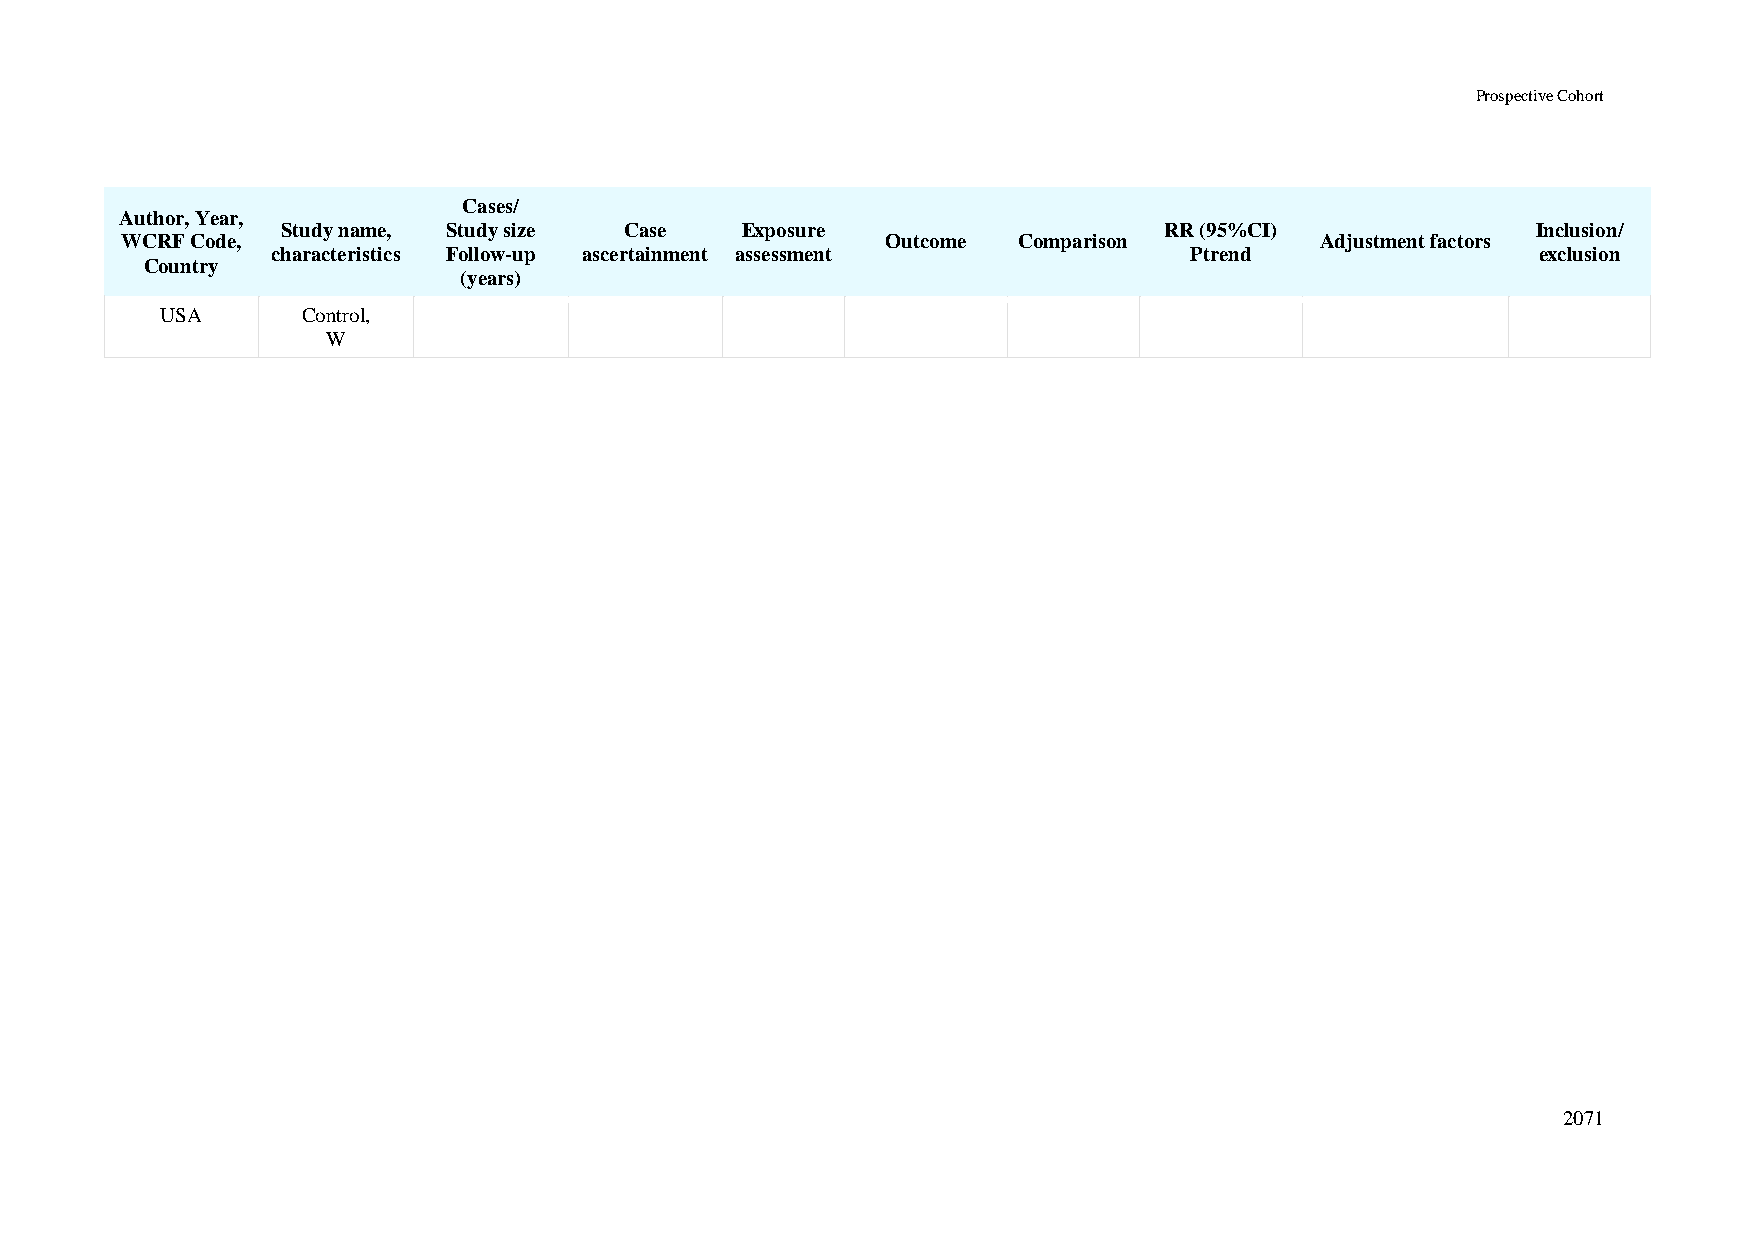
Prospective Cohort
 Cases/
 Author, Year,
 Study name, Study size Case   Exposure                    RR (95%CI)               Inclusion/
 WCRF Code,                                         Outcome Comparison          Adjustment factors
 characteristics Follow-up ascertainment assessment           Ptrend                 exclusion
 Country
 (years)
 USA      Control,
 W
 2071